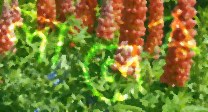
লালের